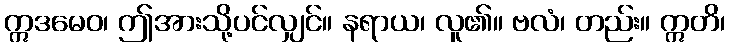
ဣဒမေဝ၊ ဤအားသို့ပင်လျှင်။ နရာယ၊ လူ၏။ ဗလံ၊ တည်း။ ဣတိ၊